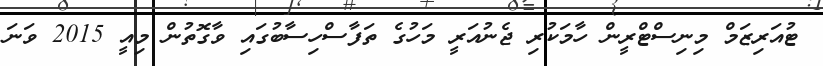
ޓުއަރިޒަމް މިނިސްޓްރީން ހާމަކުރި ޖެނުއަރީ މަހުގެ ތަފާސްހިސާބުގައި ވާގޮތުން މިއީ 2015 ވަނަ